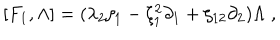
LaTeX: [ F _ { 1 } , \Lambda ] = ( \lambda _ { 2 } \zeta _ { 1 } - \zeta _ { 1 } ^ { 2 } \partial _ { 1 } + \zeta _ { 1 2 } \partial _ { 2 } ) \Lambda \; ,